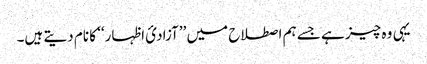
یہی وہ چیز ہے جسے ہم اصطلاح میں ’’آزادئ اظہار‘‘ کا نام دیتے ہیں۔